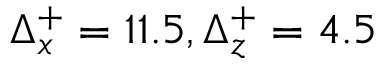
\Delta _ { x } ^ { + } = 1 1 . 5 , \Delta _ { z } ^ { + } = 4 . 5